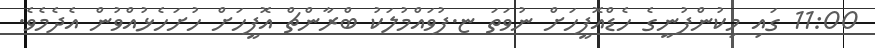
11:00 ގައި މިކުންފުނީގެ ހެޑްއޮފީހަށް ނުވަތަ ޏ.ފުވައްމުލަކު ބްރާންޗް އޮފީހަށް ހުށަހެޅުއްވުން އެދެމެވެ.